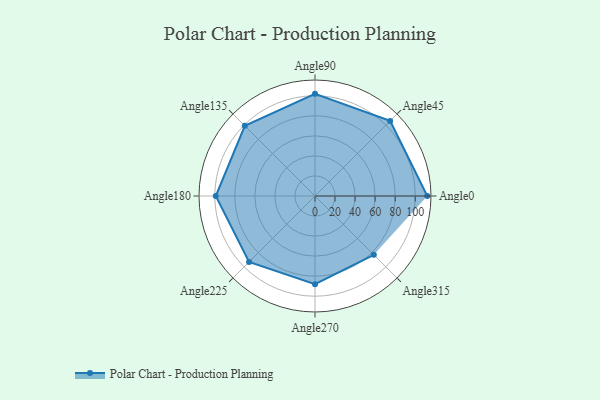
{"axis": {"x": "Angle", "y": "Radius"}, "legend": [""], "data": [{"x": "Angle0", "y": 112.0, "type": ""}, {"x": "Angle45", "y": 106.0, "type": ""}, {"x": "Angle90", "y": 102.0, "type": ""}, {"x": "Angle135", "y": 99.0, "type": ""}, {"x": "Angle180", "y": 99.0, "type": ""}, {"x": "Angle225", "y": 93.0, "type": ""}, {"x": "Angle270", "y": 88.0, "type": ""}, {"x": "Angle315", "y": 83.0, "type": ""}]}